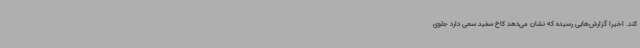
کند. اخیراً گزارش‌هایی رسیده که نشان می‌دهد کاخ سفید سعی دارد جلوی